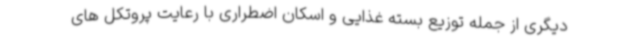
دیگری از جمله توزیع بسته غذایی و اسکان اضطراری با رعایت پروتکل های